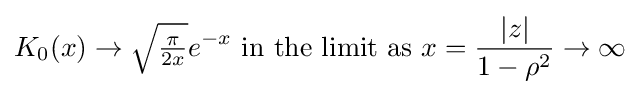
K_{0}(x)\rightarrow {\sqrt {\tfrac {\pi }{2x}}}e^{-x}{\text{ in the limit as }}x={\frac {|z|}{1-\rho ^{2}}}\rightarrow \infty